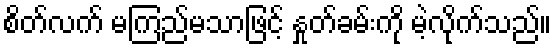
စိတ်လက် မကြည်မသာဖြင့် နှုတ်ခမ်းကို မဲ့လိုက်သည်။